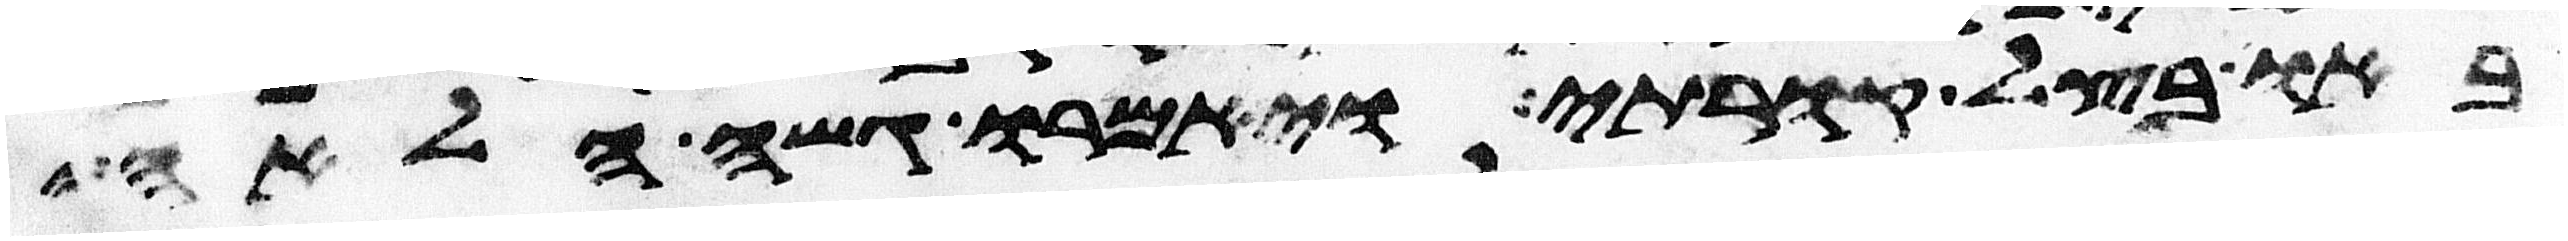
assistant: באו בצל קורתי ויאמרו גשה הלאה